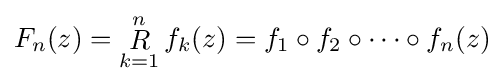
F_{n}(z)={\underset {k=1}{\overset {n}{\mathop {R} }}}\,f_{k}(z)=f_{1}\circ f_{2}\circ \cdots \circ f_{n}(z)